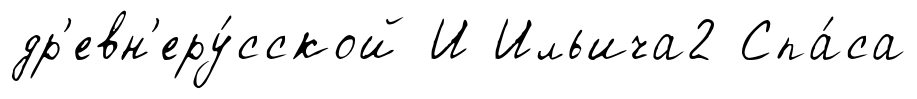
др'евн'еру́сской И Ильича2 Спа́са